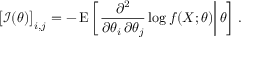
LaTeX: { \bigl [ } { \mathcal { I } } ( \theta ) { \bigr ] } _ { i , j } = - \operatorname { E } \left[ \left. { \frac { \partial ^ { 2 } } { \partial \theta _ { i } \, \partial \theta _ { j } } } \log f ( X ; \theta ) \right| \theta \right] \, .